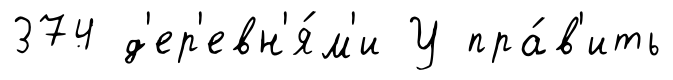
374 д'ер'евн'я́м'и У пра́в'ить